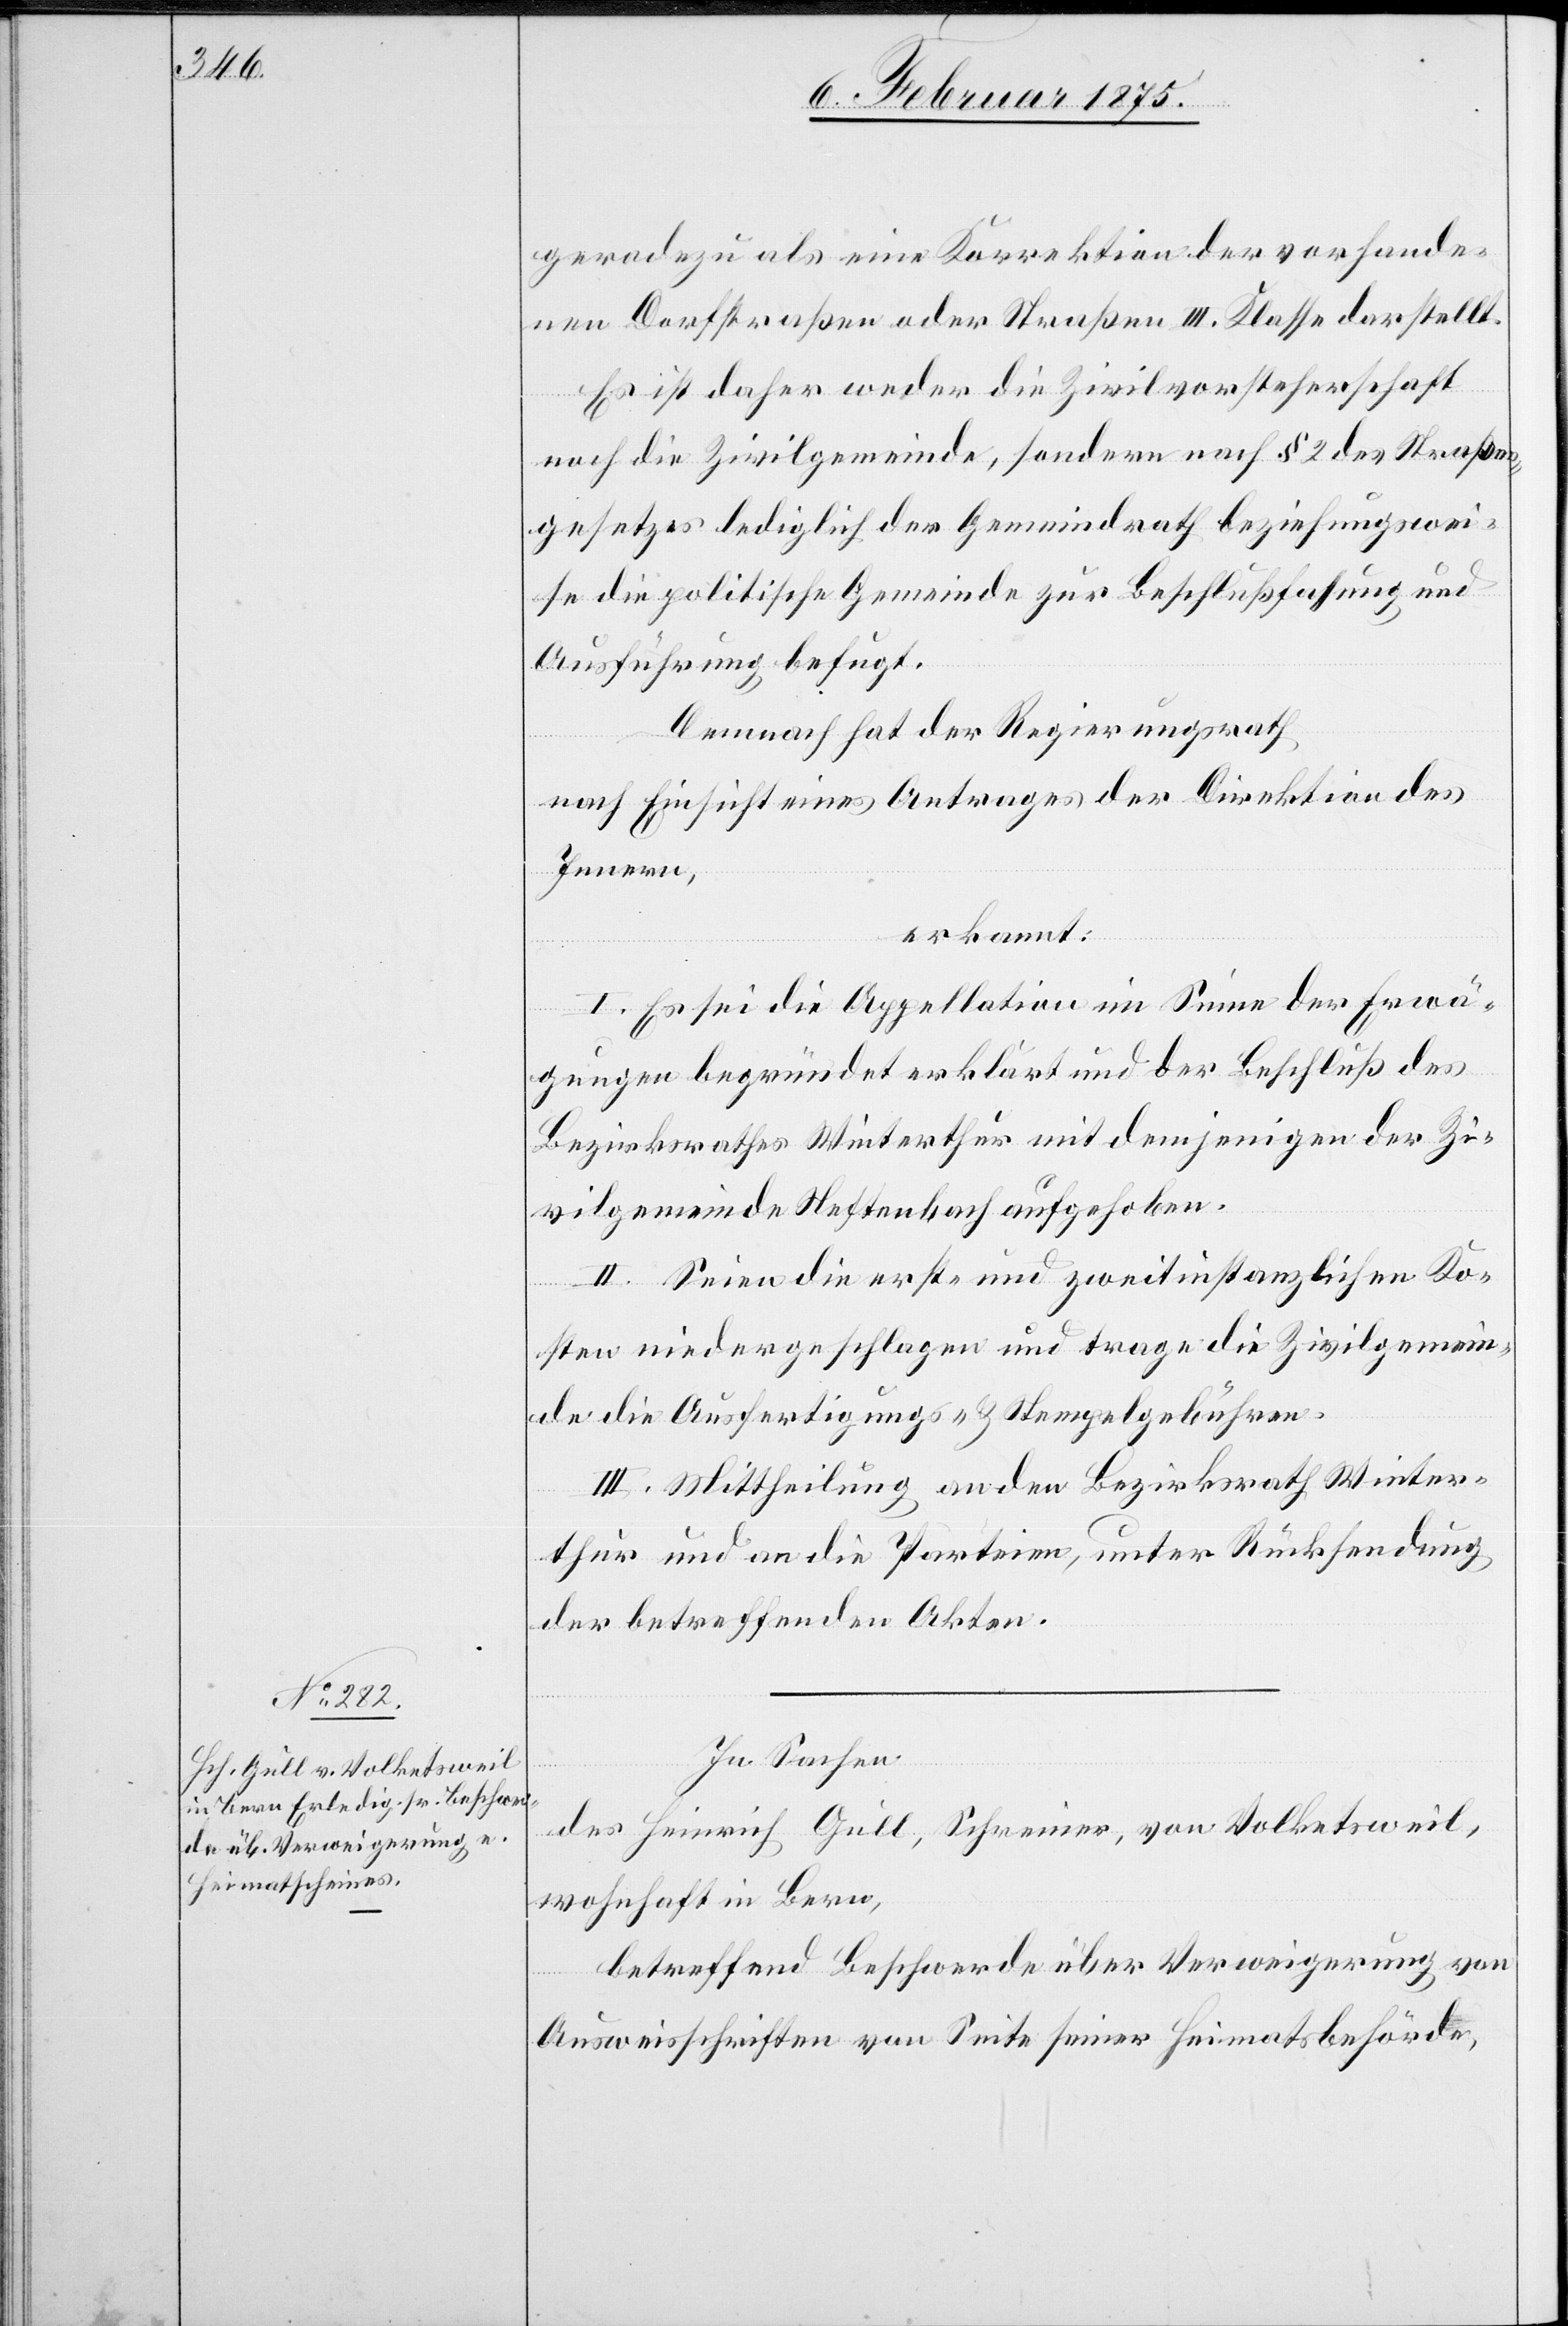
geradezu als eine Korrektion der vorhande¬
nen Dorfstraßen oder Straßen III. Klasse darstellt.
Es ist daher weder die Zivilvorsteherschaft
noch die Zivilgemeinde, sondern nach § 2 des Straßen¬
gesetzes lediglich der Gemeindrath beziehungswei¬
se die politische Gemeinde zur Beschlußfassung und
Ausführung befugt.
Demnach hat der Regierungsrath,
nach Einsicht eines Antrages der Direktion des
Innern,
erkannt:
I. Es sei die Appellation im Sinne der Erwä¬
gungen begründet erklärt und der Beschluß des
Bezirksrathes Winterthur mit demjenigen der Zi¬
vilgemeinde Neftenbach aufgehoben.
II. Seien die erst- und zweitinstanzlichen Ko¬
sten niederzuschlagen und trage die Zivilgemein¬
de die Ausfertigungs- u. Stempelgebühren.
III. Mittheilung an den Bezirksrath Winter¬
thur und an die Parteien, unter Rücksendung
der betreffenden Akten.
In Sachen
des Heinrich Gull, Schreiner, von Volketsweil,
wohnhaft in Bern,
betreffend Beschwerde über Verweigerung von
Ausweisschriften von Seite seiner Heimatsbehörde,